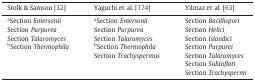
<table><thead><tr><td><b>Stolk &amp; Samson [32]</b></td><td><b>Yaguchi et al. [174]</b></td><td><b>Yilmaz et al. [63]</b></td></tr></thead><tbody><tr><td>aSection <i>Emersonii</i></td><td>aSection <i>Emersonii</i></td><td>Section <i>Bacillispori</i></td></tr><tr><td>Section <i>Purpurea</i></td><td>Section <i>Purpurea</i></td><td>Section <i>Helici</i></td></tr><tr><td>Section <i>Talaromyces</i></td><td>Section <i>Talaromyces</i></td><td>Section <i>Islandici</i></td></tr><tr><td>bSection <i>Thermophila</i></td><td>bSection <i>Thermophila</i></td><td>Section <i>Purpurei</i></td></tr><tr><td></td><td>Section <i>Trachyspermus</i></td><td>Section <i>Talaromyces</i></td></tr><tr><td></td><td></td><td>Section <i>Subinflati</i></td></tr><tr><td></td><td></td><td>Section <i>Trachyspermi</i></td></tr></tbody></table>